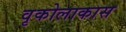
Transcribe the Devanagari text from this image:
वृकोलाकास